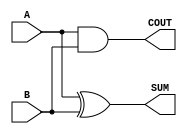
module half_add (input A, B, output SUM, COUT);
	xor(SUM, A, B);
	and(COUT, A, B);
endmodule